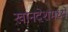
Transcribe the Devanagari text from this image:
खानदेशमध्ये